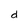
Character: d